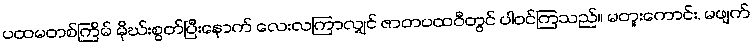
ပထမတစ်ကြိမ် မိုဃ်းစွတ်ပြီးနောက် လေးလကြာလျှင် ဇာတပထဝီတွင် ပါဝင်ကြသည်။ မတူးကောင်း, မဖျက်